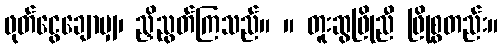
ဖုတ်ငွေချောမျှ၊ ညှိညွတ်ကြသည်။ ။ တူးဆွဖြိုညီ ဖြိုစွတည်း။